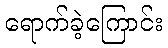
ရောက်ခဲ့ကြောင်း